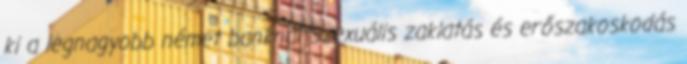
ki a legnagyobb német banknál Szexuális zaklatás és erőszakoskodás